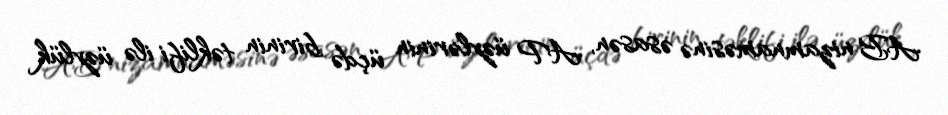
AB nizamnaməsinə əsasən, AP üzvlərinin üçdə birinin təklifi ilə üzvlük